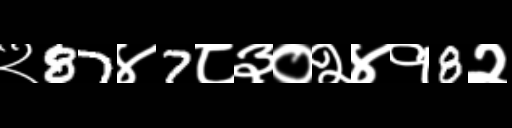
Text: २87४7८३०२४१8२